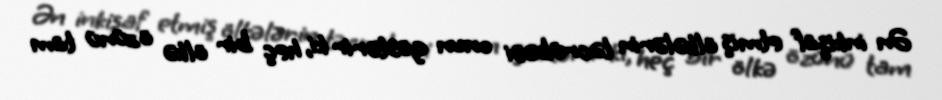
Ən inkişaf etmiş ölkələrin təcrübəsi onun göstərir ki, heç bir ölkə özünü tam